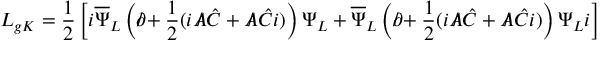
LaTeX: { \cal L } _ { g K } = \frac { 1 } { 2 } \left[ i \overline { { { \Psi } } } _ { L } \left( \partial \! \! \! / + \frac { 1 } { 2 } ( i { \cal A } \! \! \! / \, \hat { C } + { \cal A } \! \! \! / \: \hat { C } i ) \right) \Psi _ { L } + \overline { { { \Psi } } } _ { L } \left( \partial \! \! \! / + \frac { 1 } { 2 } ( i { \cal A } \! \! \! / \, \hat { C } + { \cal A } \! \! \! / \: \hat { C } i ) \right) \Psi _ { L } i \right]